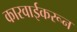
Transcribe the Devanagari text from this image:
कारवाईकरून